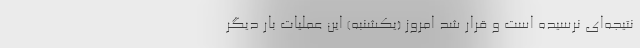
نتیجه‌ای نرسیده است و قرار شد امروز (یکشنبه) این عملیات بار دیگر